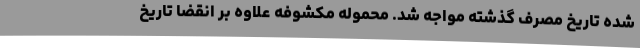
شده تاریخ مصرف گذشته مواجه شد. محموله مکشوفه علاوه بر انقضا تاریخ